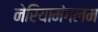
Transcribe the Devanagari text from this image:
नेरियामंगलम